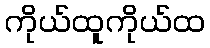
ကိုယ်ထူကိုယ်ထ